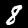
Digit: 8